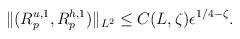
LaTeX: \begin{align*}\begin{aligned}\Vert (R^{u,1}_p,R^{h,1}_p)\Vert_{L^2}\leq C(L,\zeta)\epsilon^{1/4-\zeta}.\end{aligned}\end{align*}